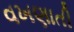
વખણાતી